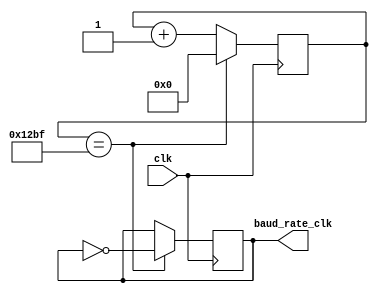
module baud_rate_clock_generator (
    input wire clk,
    output reg baud_rate_clk
);

parameter BAUD_RATE = 9600; //Define baud rate

reg [15:0] count;

always @(posedge clk) begin
    if (count == BAUD_RATE / 2 - 1) begin
        baud_rate_clk <= ~baud_rate_clk;
        count <= 0;
    end else begin
        count <= count + 1;
    end
end

endmodule